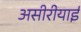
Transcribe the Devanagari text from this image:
असीरीयाई